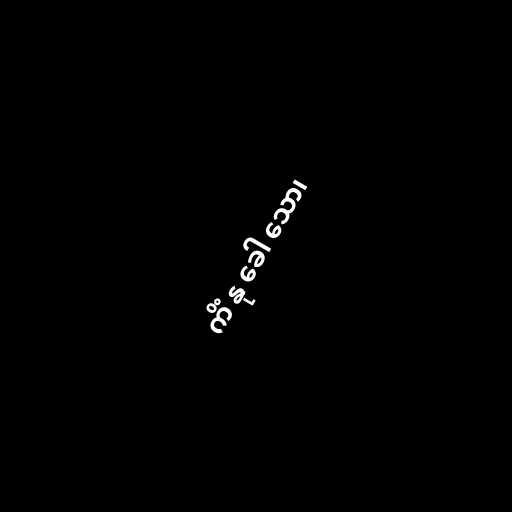
ကိံ နု ခေါ သော၊